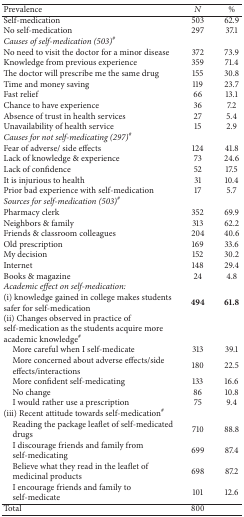
<table><thead><tr><td><b>Prevalence </b></td><td><b><i>N</i></b></td><td><b>%</b></td></tr></thead><tbody><tr><td>Self-medication</td><td>503</td><td>62.9</td></tr><tr><td>No self-medication</td><td>297</td><td>37.1</td></tr><tr><td><i>Causes of self-medication (503)</i><sup><i>#</i></sup></td><td> </td><td> </td></tr><tr><td>No need to visit the doctor for a minor disease</td><td>372</td><td>73.9</td></tr><tr><td>Knowledge from previous experience</td><td>359</td><td>71.4</td></tr><tr><td>The doctor will prescribe me the same drug</td><td>155</td><td>30.8</td></tr><tr><td>Time and money saving</td><td>119</td><td>23.7</td></tr><tr><td>Fast relief</td><td>66</td><td>13.1</td></tr><tr><td>Chance to have experience</td><td>36</td><td>7.2</td></tr><tr><td>Absence of trust in health services</td><td>27</td><td>5.4</td></tr><tr><td>Unavailability of health service</td><td>15</td><td>2.9</td></tr><tr><td><i>Causes for not self-medicating (297)</i><sup><i>#</i></sup></td><td> </td><td> </td></tr><tr><td>Fear of adverse/ side effects</td><td>124</td><td>41.8</td></tr><tr><td>Lack of knowledge &amp; experience</td><td>73</td><td>24.6</td></tr><tr><td>Lack of confidence</td><td>52</td><td>17.5</td></tr><tr><td>It is injurious to health</td><td>31</td><td>10.4</td></tr><tr><td>Prior bad experience with self-medication</td><td>17</td><td>5.7</td></tr><tr><td><i>Sources for self-medication (503)</i><sup><i>#</i></sup></td><td> </td><td> </td></tr><tr><td>Pharmacy clerk</td><td>352</td><td>69.9</td></tr><tr><td>Neighbors &amp; family</td><td>313</td><td>62.2</td></tr><tr><td>Friends &amp; classroom colleagues</td><td>204</td><td>40.6</td></tr><tr><td>Old prescription</td><td>169</td><td>33.6</td></tr><tr><td>My decision</td><td>152</td><td>30.2</td></tr><tr><td>Internet</td><td>148</td><td>29.4</td></tr><tr><td>Books &amp; magazine</td><td>24</td><td>4.8</td></tr><tr><td><i>Academic effect on self-medication:</i></td><td> </td><td> </td></tr><tr><td>(i) knowledge gained in college makes students safer for self-medication</td><td><b>494</b></td><td><b>61.8</b></td></tr><tr><td>(ii) Changes observed in practice of self-medication as the students acquire more academic knowledge<sup>#</sup></td><td> </td><td> </td></tr><tr><td> More careful when I self-medicate</td><td>313</td><td>39.1</td></tr><tr><td> More concerned about adverse effects/side effects/interactions</td><td>180</td><td>22.5</td></tr><tr><td> More confident self-medicating</td><td>133</td><td>16.6</td></tr><tr><td> No change</td><td>86</td><td>10.8</td></tr><tr><td> I would rather use a prescription</td><td>75</td><td>9.4</td></tr><tr><td>(iii) Recent attitude towards self-medication<sup>#</sup></td><td> </td><td> </td></tr><tr><td> Reading the package leaflet of self-medicated drugs</td><td>710</td><td>88.8</td></tr><tr><td> I discourage friends and family from self-medicating</td><td>699</td><td>87.4</td></tr><tr><td> Believe what they read in the leaflet of medicinal products</td><td>698</td><td>87.2</td></tr><tr><td> I encourage friends and family to self-medicate</td><td>101</td><td>12.6</td></tr><tr><td>Total</td><td>800</td><td> </td></tr></tbody></table>